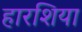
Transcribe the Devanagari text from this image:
हारशिया